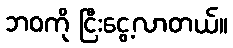
ဘဝကို ငြီးငွေ့လာတယ်။